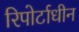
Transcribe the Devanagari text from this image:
रिपोर्टाधीन